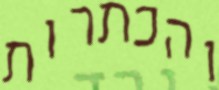
והכתרות